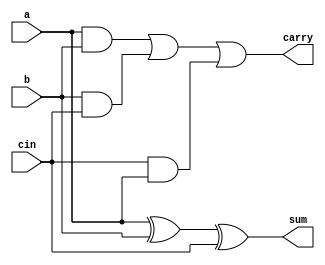
`timescale 1ns/1ps
module full_adder(input a, b, cin, output sum, carry);
    
    assign sum = a ^ b ^ cin;
    assign carry = (a&b) | (b&cin) | (cin&a) ;
	 
endmodule